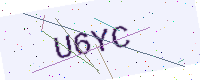
Text: U6YC